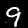
Digit: 9